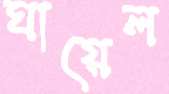
ঘায়েল